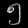
Digit: ၅